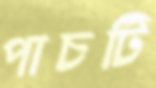
পাচটি